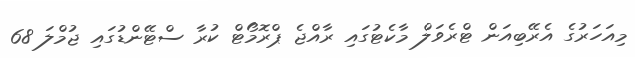
މިއަހަރުގެ އެރޭބިއަން ޓްރެވަލް މާކެޓުގައި ރާއްޖެ ޕްރޮމޯޓް ކުރާ ސްޓޭންޑުގައި ޖުމްލަ 68